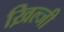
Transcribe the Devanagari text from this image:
ख़िल्जी